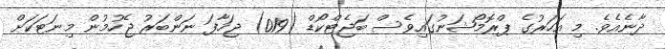
ދާނެއެވެ. މި އަހަރުގެ ޕްރޮމޯޝަނުގައިވެސް ބަޖެޓްކޯޑް (019) ޖަހާފަ ނަންބަރު ޖެހުމުން މިނަޓަކަށް